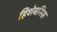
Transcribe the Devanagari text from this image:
हिशेबनिस